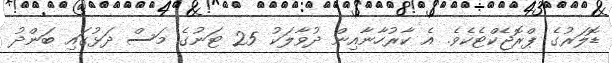
ޑޮލަރުގެ ޕްރޮޖެކްޓެކެވެ. އެ ކާރުހާނާއިން ދުވާލަކު 25 ޓަނުގެ މަސް ދަޅުގައި ބަންދު